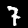
Label: 7